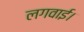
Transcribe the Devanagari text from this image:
लगवाई।